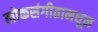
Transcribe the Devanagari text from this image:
लोकसंगीतामधून